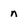
Character: n